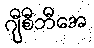
ဂျီစီဘီအေ